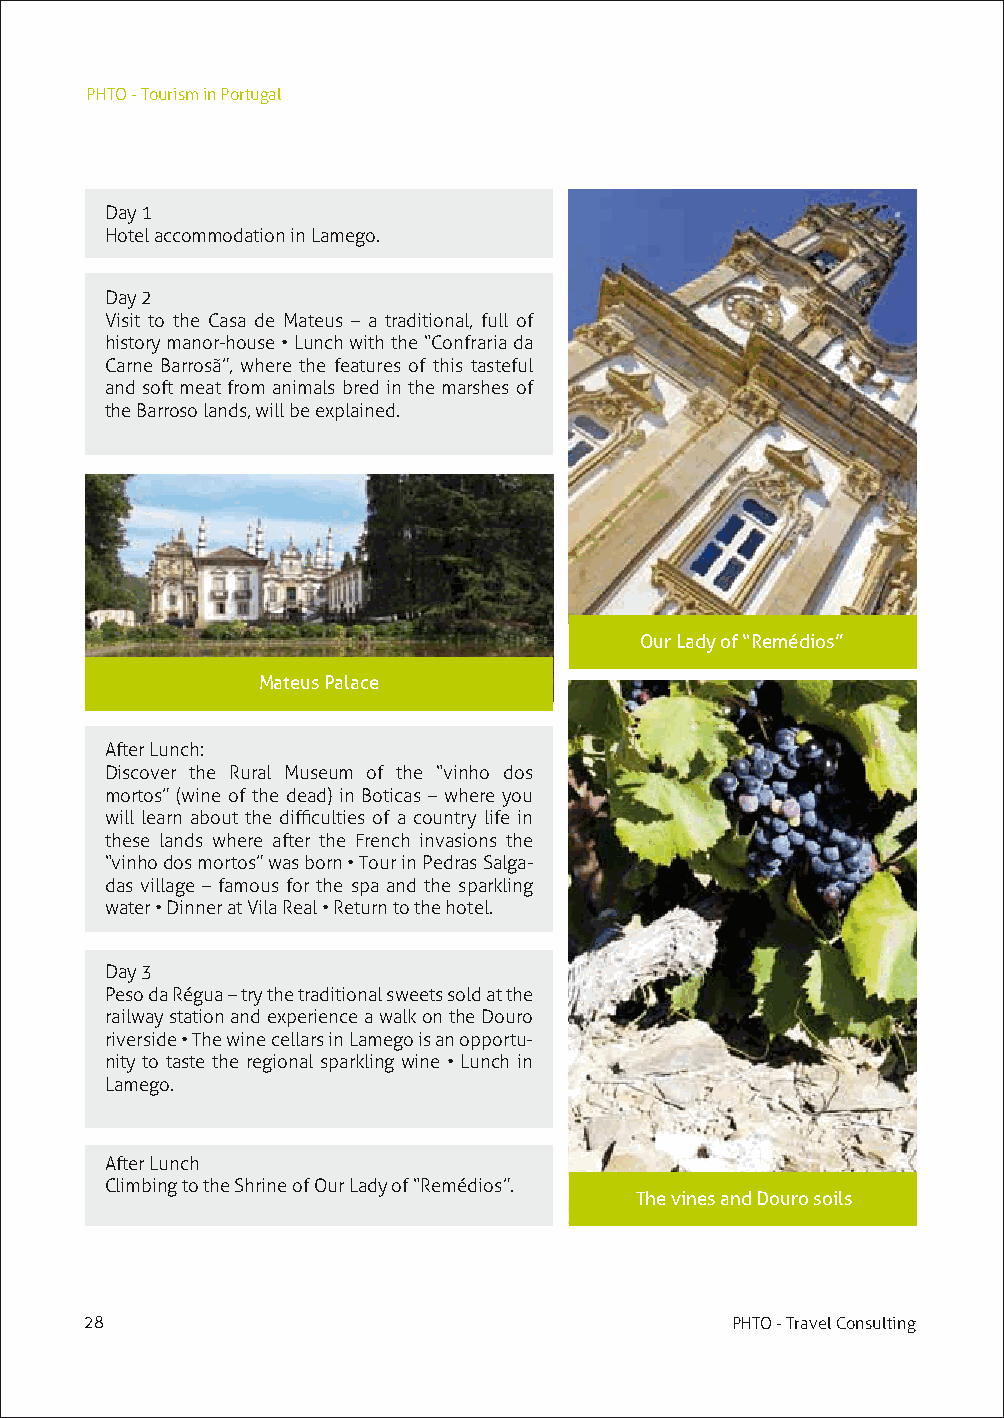
PHTO - Tourism in Portugal
 Day 1
 Hotel accommodation in Lamego.
 Day 2
 Visit to the Casa de Mateus – a traditional, full of
 history manor-house • Lunch with the “Confraria da
 Carne Barrosã”, where the features of this tasteful
 and soft meat from animals bred in the marshes of
 the Barroso lands, will be explained.
 Our Lady of “Remédios”
 Mateus Palace
 After Lunch:
 Discover the Rural Museum of the “vinho dos
 mortos” (wine of the dead) in Boticas – where you
 will learn about the difficulties of a country life in
 these lands where after the French invasions the
 “vinho dos mortos” was born • Tour in Pedras Salga-
 das village – famous for the spa and the sparkling
 water • Dinner at Vila Real • Return to the hotel.
 Day 3
 Peso da Régua – try the traditional sweets sold at the
 railway station and experience a walk on the Douro
 riverside • The wine cellars in Lamego is an opportu-
 nity to taste the regional sparkling wine • Lunch in
 Lamego.
 After Lunch
 Climbing to the Shrine of Our Lady of “Remédios”.
 The vines and Douro soils
 28                                        PHTO - Travel Consulting